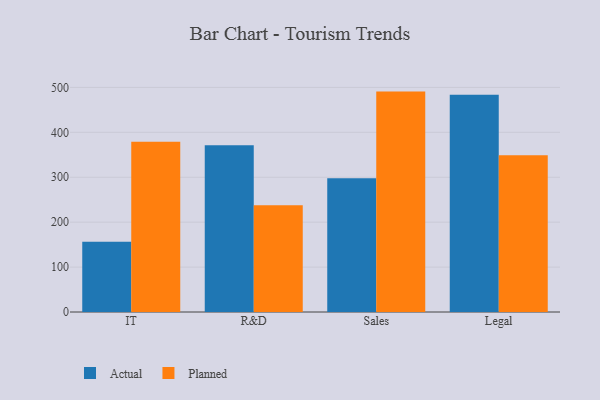
{"axis": {"x": "Department", "y": "Satisfaction Score"}, "legend": ["Actual", "Planned"], "data": [{"x": "IT", "y": 156.3, "type": "Actual"}, {"x": "IT", "y": 379.2, "type": "Planned"}, {"x": "R&D", "y": 371.4, "type": "Actual"}, {"x": "R&D", "y": 237.8, "type": "Planned"}, {"x": "Sales", "y": 297.6, "type": "Actual"}, {"x": "Sales", "y": 490.7, "type": "Planned"}, {"x": "Legal", "y": 483.8, "type": "Actual"}, {"x": "Legal", "y": 349.2, "type": "Planned"}]}